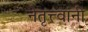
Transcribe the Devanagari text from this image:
नेतृत्त्वांनी